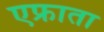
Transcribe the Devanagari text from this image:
एफ्राता